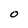
Character: O